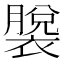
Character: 𫌎